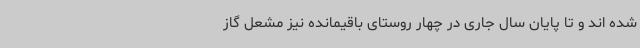
شده اند و تا پایان سال جاری در چهار روستای باقیمانده نیز مشعل گاز